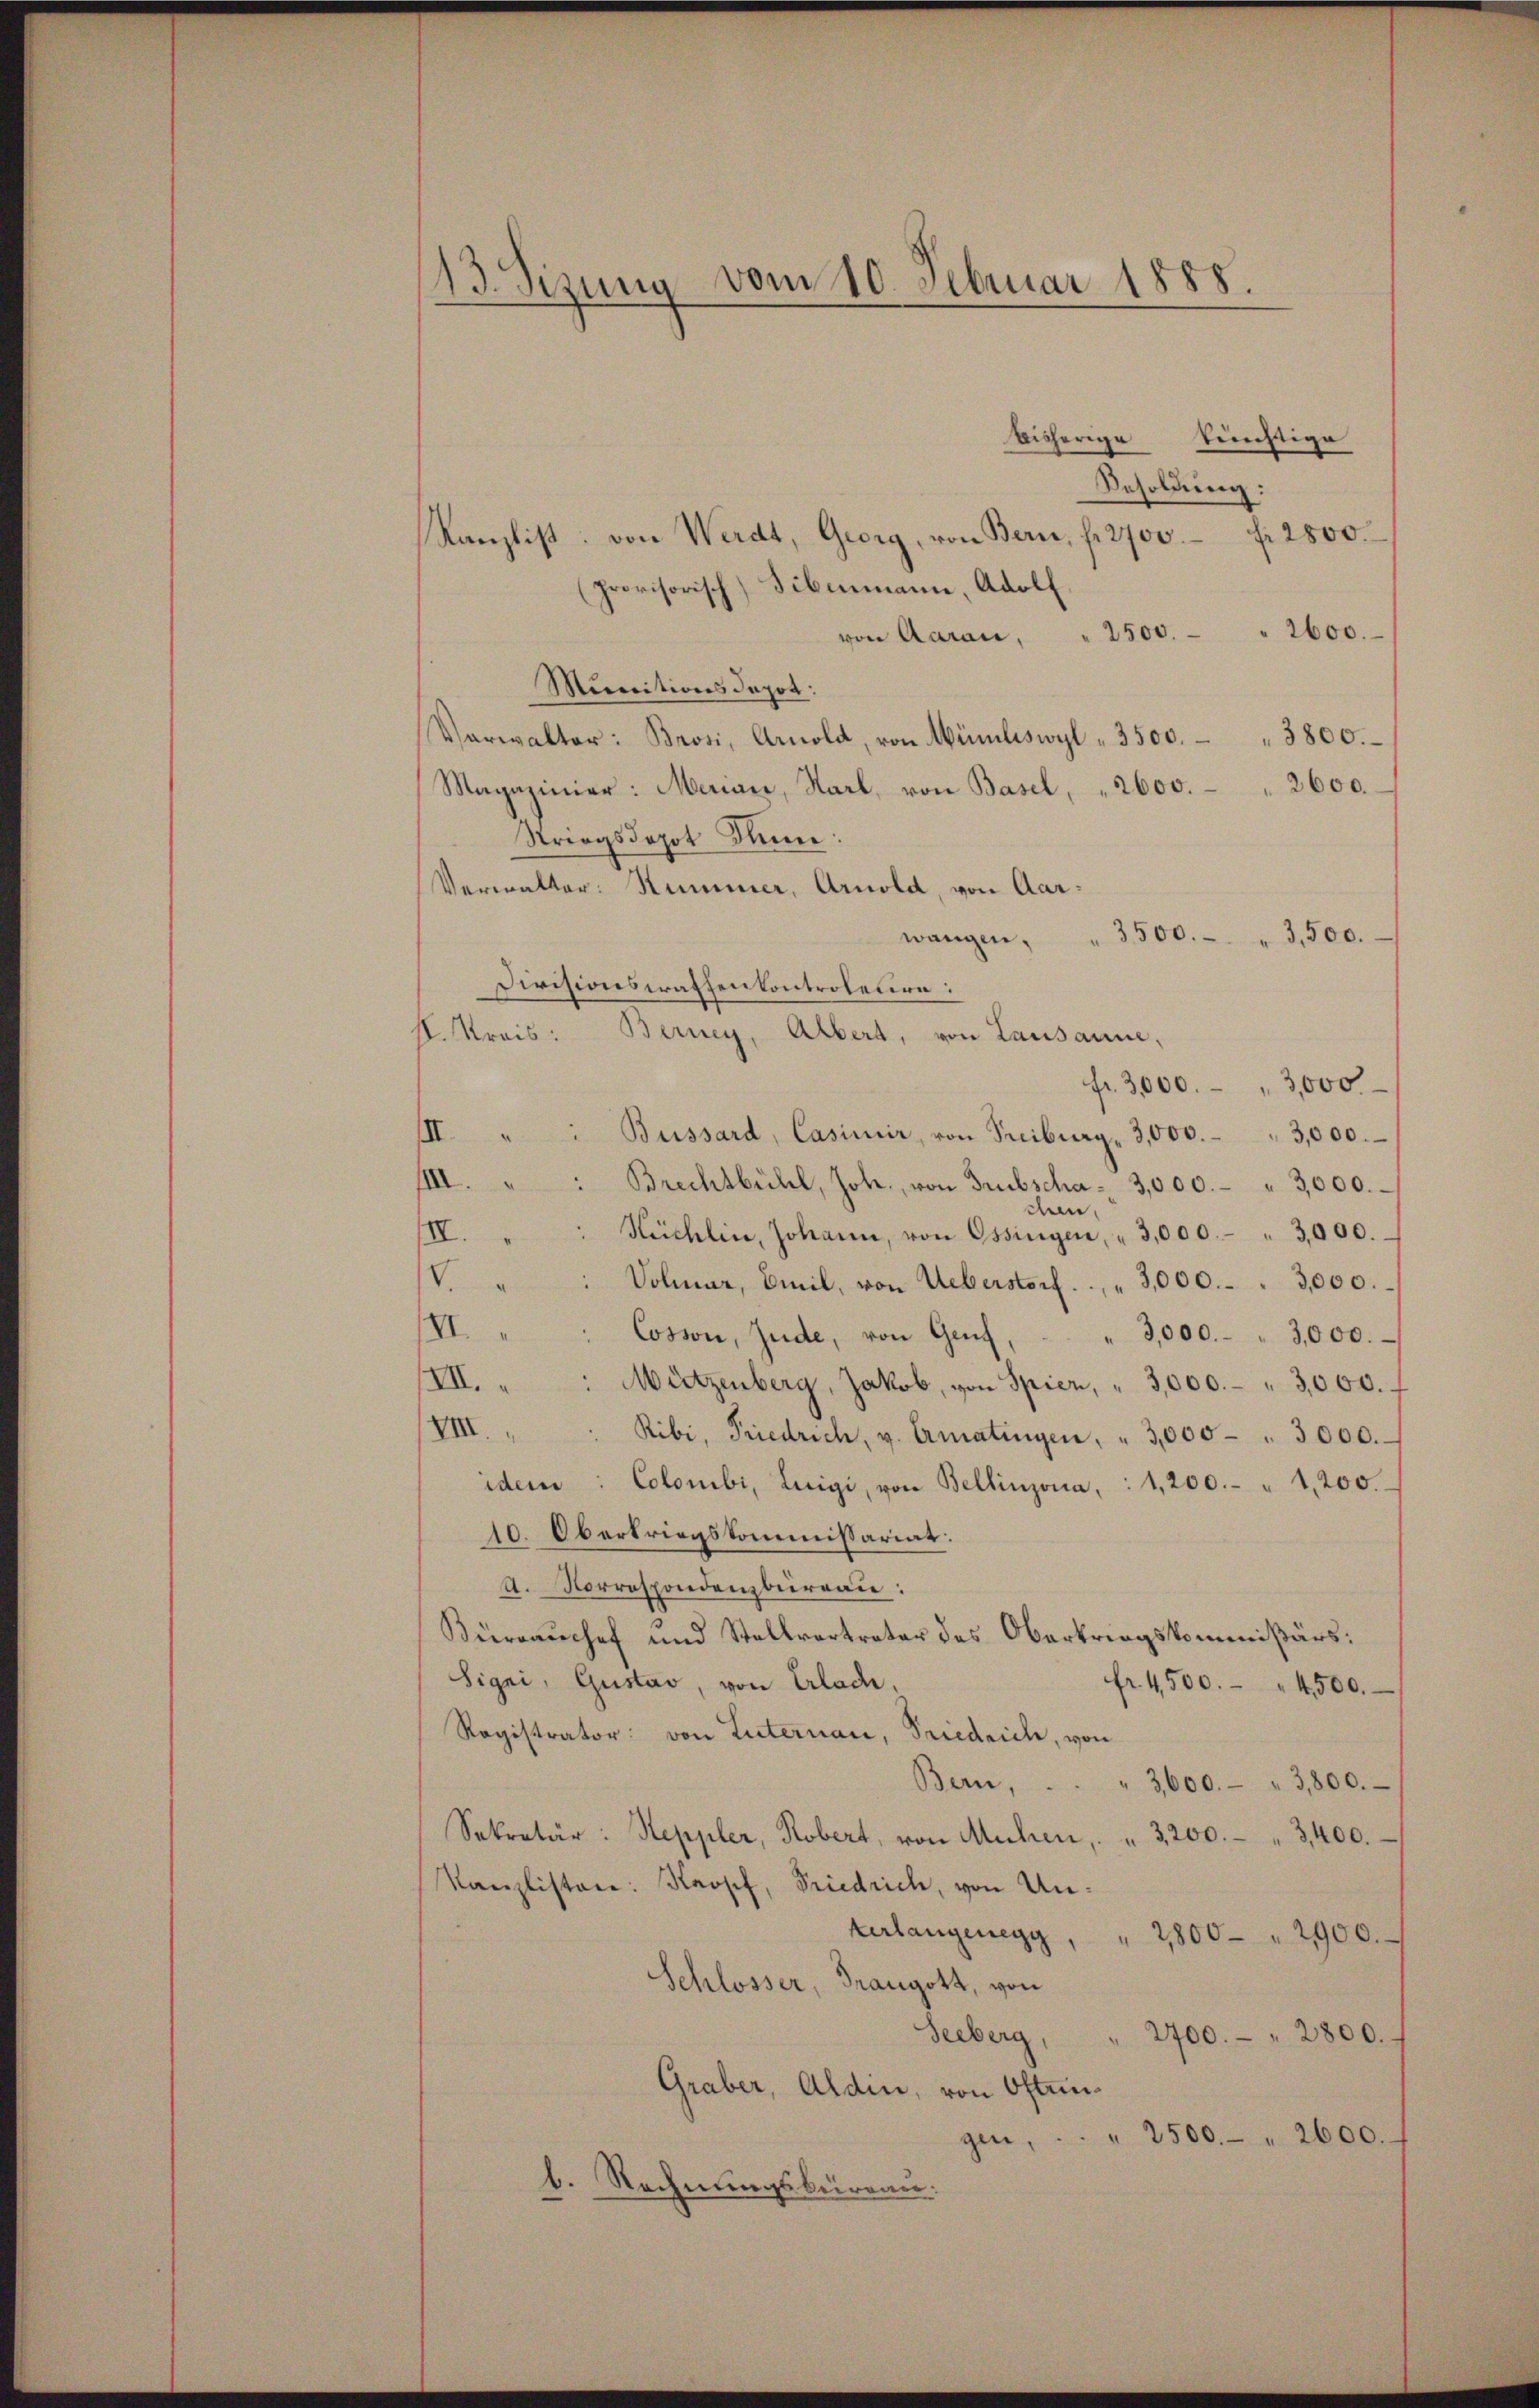
13. Sizung vom 10. Februar 1888.

bisherige Berichtige
Besoldung:
Kanzlist von Werdt, Georg, von Bern, f. 2700 f 2800.
(provisorisch) Tibemann, Adolf,
von Aaran, " 2500. - " 2600.
Munitionsdapot:
Verwalter: Brosi, Arnold, von Mündliswyl " 3500. 3800.
Magazinier: Menau, Karl, von Basel, 2600. 2600.
Striegsdopot Sinne:
Verwalter: Nummer, Arnold, von Aar¬
" 3500. " 3,500.
wangen,
Divisionswaffenkontroletion:
I. Kreis: Berney, Albert, von Lausanne,
fr. 3,000. " 3,000
III. " " Buissard, Casimir, von Freiburg , 3,000. " 3,000.
IIII. " " Brechtbühl, Joh. von Trubscha - 3,000.- " 3000.
den
Hüchlin, Johann, von Ossingen, " 3,000.- " 3000.
III.
.
Volmar, Emil, von Ueberstorf. " 3,000.- 3,000.
IVI.
Cosson, Jude, von Genf,
3,000.- " 3,000.
/III. „ : Mützenberg, Jakob, von Spier, " 3,000.- 3,000.
VIII.
Ribi, Friedrich, v. Ermatingen. " 3,000 " 3000.
idem: Colombi, Luigi, von Bellinzona, : 1,200.- " 4,200.
10. Obertriegskommissariat.
A. Korrespondenzbureau:
Bürrauchef und Stellvertreter des Oberkriegskommißärs:
Sigri, Gustav, von Erlade,
fr. 4500. 4500.
Ragistrator: von Luternau, Friedrich, von
Bern,
" 3,600. " 3,800.
Sekretär: Heppler, Robert, von Mühen, " 3200. " 3400.
Kanzlisten: Kaopf, Friedrich, von Unterlangenegg, " 2800 " 2900.
Schlosser, Trangott, von
Seeberg,
2700.- " 2800.
Graber, Aldin, von Oftrin¬
2500 " 2600.
gen. |
b. Rechnungsbüreau.